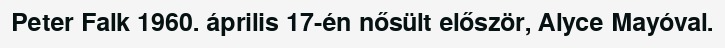
Peter Falk 1960. április 17-én nősült először, Alyce Mayóval.